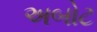
અબોટ